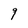
Character: 9